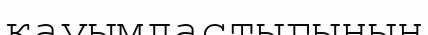
кауымдастыгынын